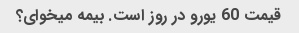
قیمت 60 یورو در روز است. بیمه میخوای؟